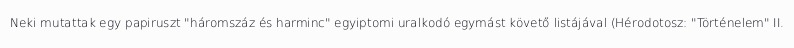
Neki mutattak egy papiruszt "háromszáz és harminc" egyiptomi uralkodó egymást követő listájával (Hérodotosz: "Történelem" II.